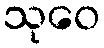
သုဝေ